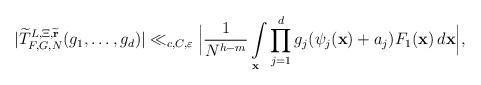
LaTeX: \begin{align*}\vert\widetilde{T}_{F,G,N}^{L,\Xi,\widetilde{\mathbf{r}}}(g_1,\dots,g_d)\vert\ll_{c,C,\varepsilon} \Big\vert\frac{1}{N^{h-m}}\int\limits_{\mathbf{x}} \prod\limits_{j=1}^d g_j(\psi_j(\mathbf{x}) + a_j)F_1(\mathbf{x}) \, d\mathbf{x}\Big\vert ,\end{align*}